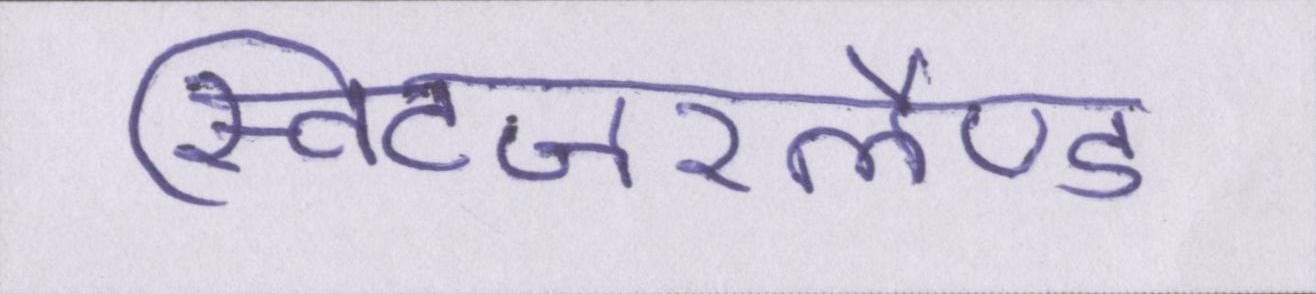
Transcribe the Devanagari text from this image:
स्विटजरलैण्ड